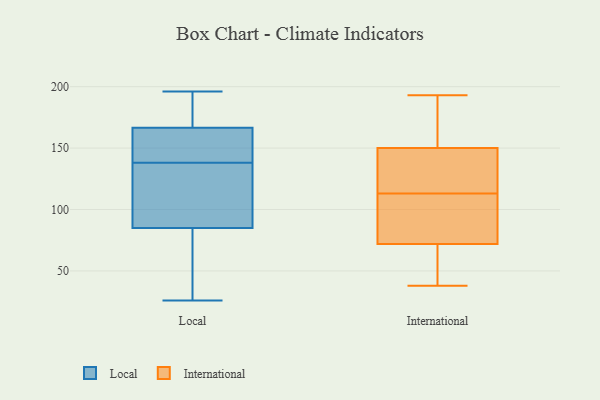
{"axis": {"x": "Inventory Turnover", "y": "Value"}, "legend": ["International", "Local"], "data": [{"x": "", "y": 143, "type": "Local"}, {"x": "", "y": 196, "type": "Local"}, {"x": "", "y": 26, "type": "Local"}, {"x": "", "y": 112, "type": "Local"}, {"x": "", "y": 133, "type": "Local"}, {"x": "", "y": 87, "type": "Local"}, {"x": "", "y": 83, "type": "Local"}, {"x": "", "y": 43, "type": "Local"}, {"x": "", "y": 147, "type": "Local"}, {"x": "", "y": 70, "type": "Local"}, {"x": "", "y": 169, "type": "Local"}, {"x": "", "y": 103, "type": "Local"}, {"x": "", "y": 155, "type": "Local"}, {"x": "", "y": 180, "type": "Local"}, {"x": "", "y": 185, "type": "Local"}, {"x": "", "y": 164, "type": "Local"}, {"x": "", "y": 113, "type": "International"}, {"x": "", "y": 130, "type": "International"}, {"x": "", "y": 107, "type": "International"}, {"x": "", "y": 171, "type": "International"}, {"x": "", "y": 38, "type": "International"}, {"x": "", "y": 144, "type": "International"}, {"x": "", "y": 59, "type": "International"}, {"x": "", "y": 189, "type": "International"}, {"x": "", "y": 65, "type": "International"}, {"x": "", "y": 41, "type": "International"}, {"x": "", "y": 193, "type": "International"}, {"x": "", "y": 152, "type": "International"}, {"x": "", "y": 128, "type": "International"}, {"x": "", "y": 93, "type": "International"}, {"x": "", "y": 109, "type": "International"}]}